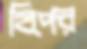
হিপের